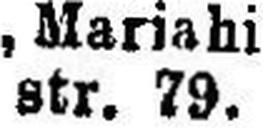
str. 79.